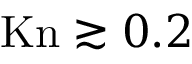
\mathrm { K n } \gtrsim 0 . 2